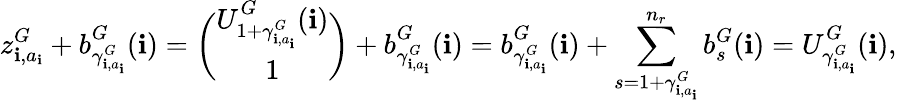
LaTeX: z_{\mathbf{i},a_{\mathbf{i}}}^{G}+b_{\gamma_{\mathbf{i},a_{\mathbf{i}}}^{G}}^{G}(\mathbf{i})=\binom{U_{1+\gamma_{\mathbf{i},a_{\mathbf{i}}}^{G}}^{G}(\mathbf{i})}{1}+b_{\gamma_{\mathbf{i},a_{\mathbf{i}}}^{G}}^{G}(\mathbf{i})=b_{\gamma_{\mathbf{i},a_{\mathbf{i}}}^{G}}^{G}(\mathbf{i})+\sum_{s=1+\gamma_{\mathbf{i},a_{\mathbf{i}}}^{G}}^{n_{r}}b_{s}^{G}(\mathbf{i})=U_{\gamma_{\mathbf{i},a_{\mathbf{i}}}^{G}}^{G}(\mathbf{i}),